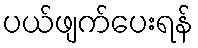
ပယ်ဖျက်ပေးရန်